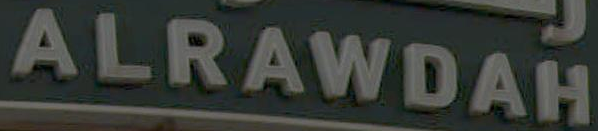
ALRAWDAH